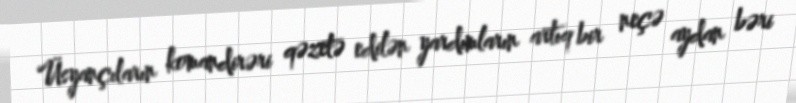
Üsyançıların komandirəri qəzetə edilən yardımların artıq bir neçə aydan bəri